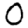
Digit: 0